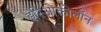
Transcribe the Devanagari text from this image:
इरिओकोलॉन